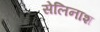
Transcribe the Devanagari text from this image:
सेलिनाश